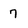
Character: 7